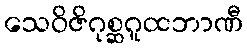
သေဝိဇိဂုစ္ဆဂူထဘာဏီ